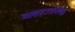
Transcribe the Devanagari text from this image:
व्यवहारसिद्ध